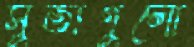
সুতাগুলো